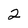
Character: 2